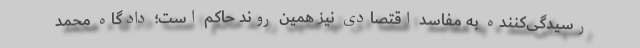
رسیدگی‌کننده به مفاسد اقتصادی نیز همین روند حاکم است؛ دادگاه محمد